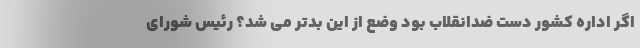
اگر اداره کشور دست ضدانقلاب بود وضع از این بدتر می شد؟ رئیس شورای